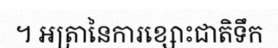
។ អត្រានៃការខ្សោះជាតិទឹក